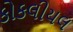
કોકલીયલ